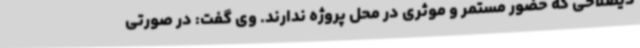
ذیصلاحی که حضور مستمر و موثری در محل پروژه ندارند. وی گفت: در صورتی